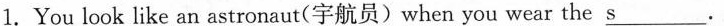
1. You look like an astronaut(宇航员)when you wear the \underline{s}.